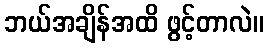
ဘယ်အချိန်အထိ ဖွင့်တာလဲ။